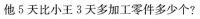
他 5 天比小王 3 天多加工零件多少个?